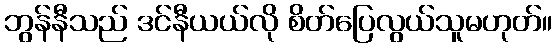
ဘွန်နီသည် ဒင်နီယယ်လို စိတ်ပြေလွယ်သူမဟုတ်။